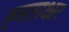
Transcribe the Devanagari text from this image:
ह्स्ताक्ष्रर